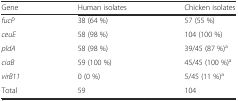
<table><thead><tr><td><b>Gene</b></td><td><b>Human isolates</b></td><td><b>Chicken isolates</b></td></tr></thead><tbody><tr><td><i>fucP</i></td><td>38 (64 %)</td><td>57 (55 %)</td></tr><tr><td><i>ceuE</i></td><td>58 (98 %)</td><td>104 (100 %)</td></tr><tr><td><i>pldA</i></td><td>58 (98 %)</td><td>39/45 (87 %)<sup>a</sup></td></tr><tr><td><i>ciaB</i></td><td>59 (100 %)</td><td>45/45 (100 %)<sup>a</sup></td></tr><tr><td><i>virB11</i></td><td>0 (0 %)</td><td>5/45 (11 %)<sup>a</sup></td></tr><tr><td>Total</td><td>59</td><td>104</td></tr></tbody></table>